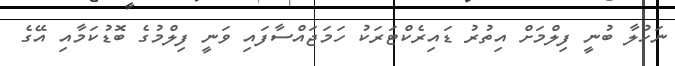
ނަހުލާ ބުނީ ފިލްމަށް އިތުރު ޑައިރެކްޓަރަކު ހަމަޖައްސާފައި ވަނީ ފިލްމުގެ ބޮޑުކަމާއި އޭގެ